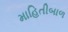
માહિતીબાળ